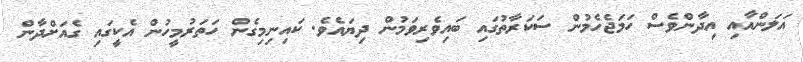
އަލަންއާއި އިދާންވެސް ހަމަޖެހެމުން ސަކަރާތުގައި ބައިވެރިވަމުން ދިޔައެވެ. ކައިނިމިގެން ހަތަރުމީހުން އެކީގައި ގެއަށްދާން